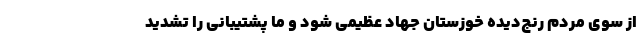
از سوی مردم رنج‌دیده خوزستان جهاد عظیمی شود و ما پشتیبانی را تشدید